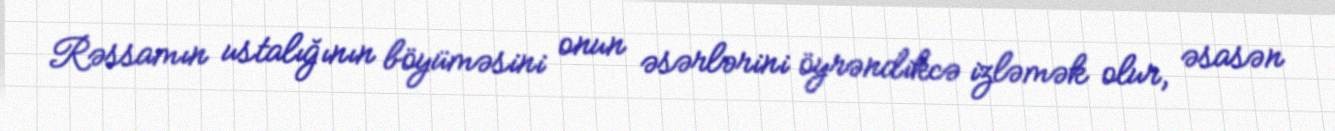
Rəssamın ustalığının böyüməsini onun əsərlərini öyrəndikcə izləmək olur, əsasən